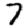
Digit: 7